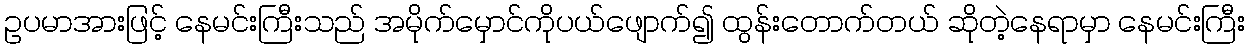
ဥပမာအားဖြင့် နေမင်းကြီးသည် အမိုက်မှောင်ကိုပယ်ဖျောက်၍ ထွန်းတောက်တယ် ဆိုတဲ့နေရာမှာ နေမင်းကြီး